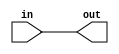
module f1_test_5(input in, output out);
assign out = in;
endmodule